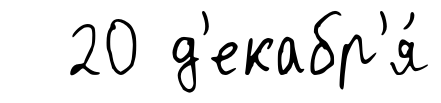
20 д'екабр'я́